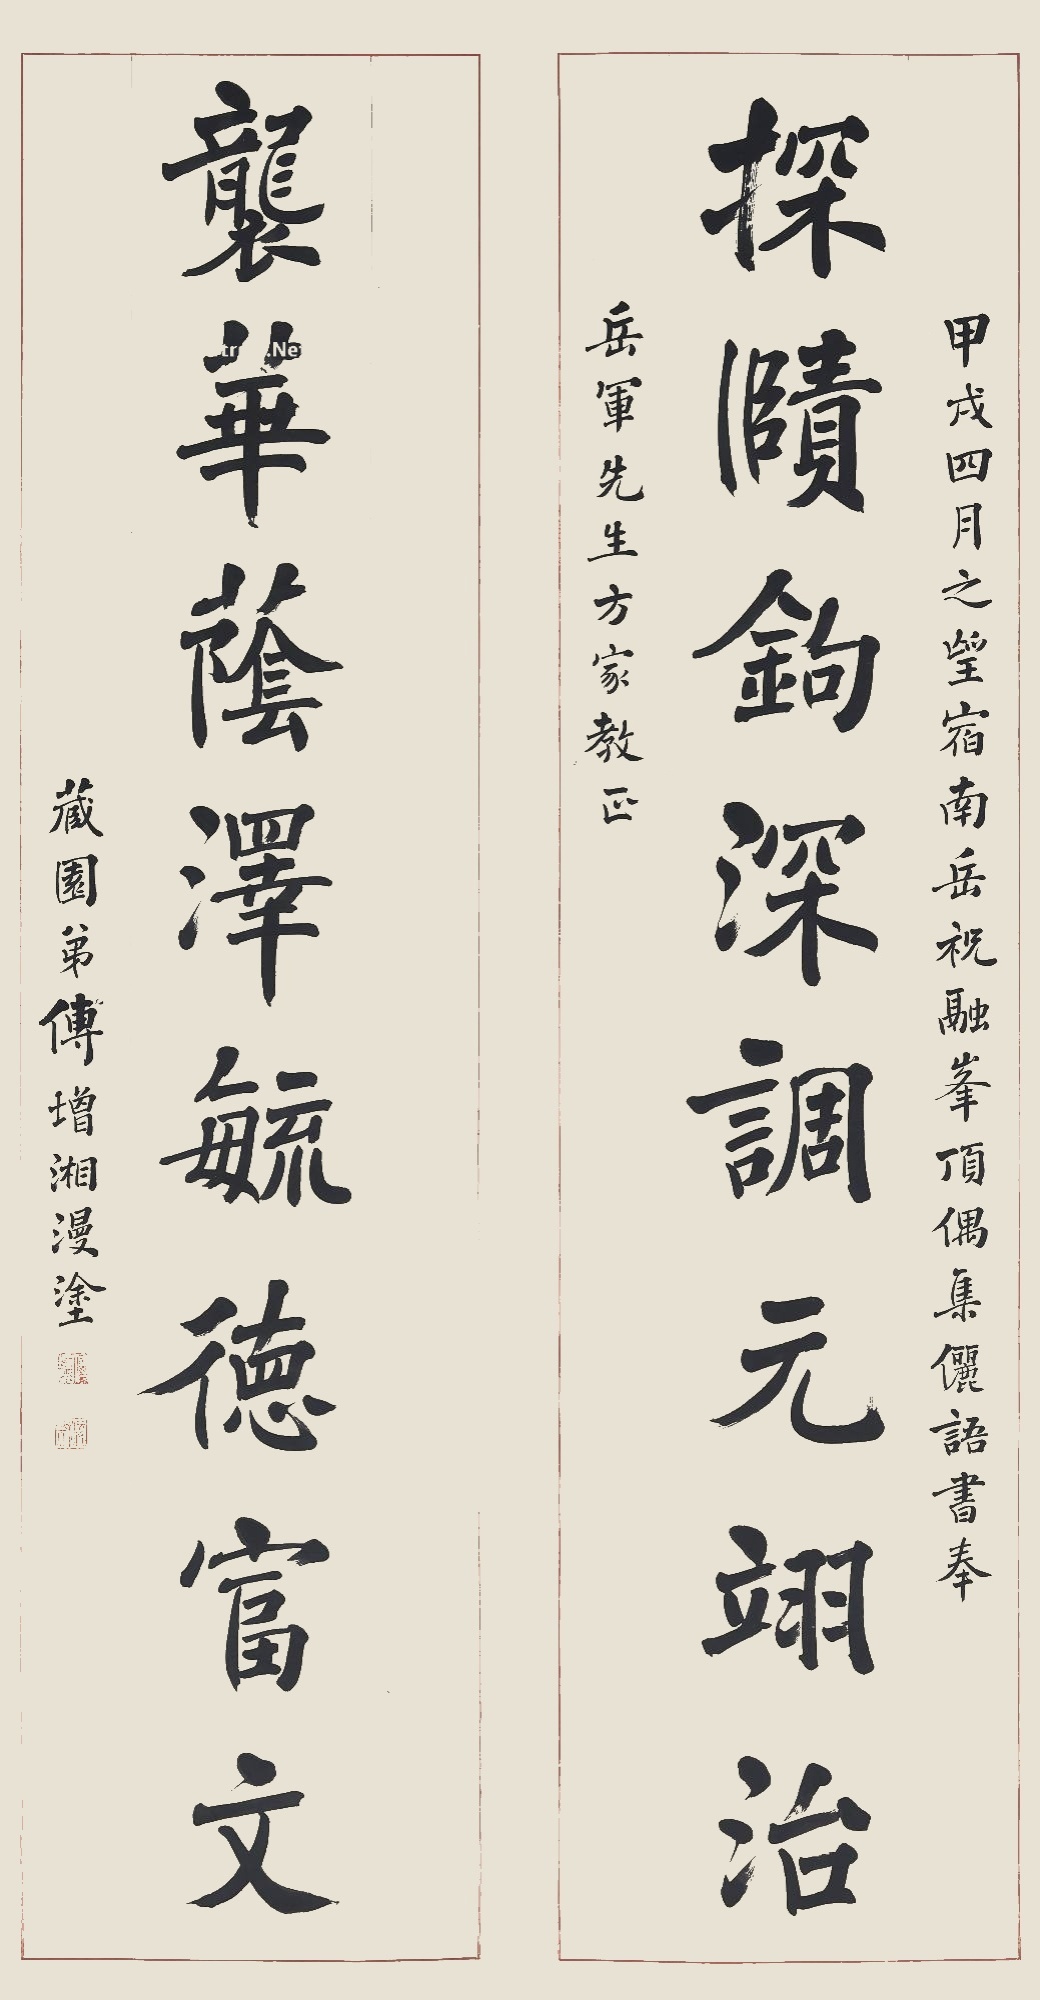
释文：探赜钩深，调元翊治；袭华荫泽，毓德富文。甲戌四月之望，宿南岳祝融峰顶，偶集俪句书奉岳军先生方家教正。藏园弟傅增湘漫涂。